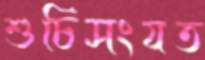
শুচিসংযত